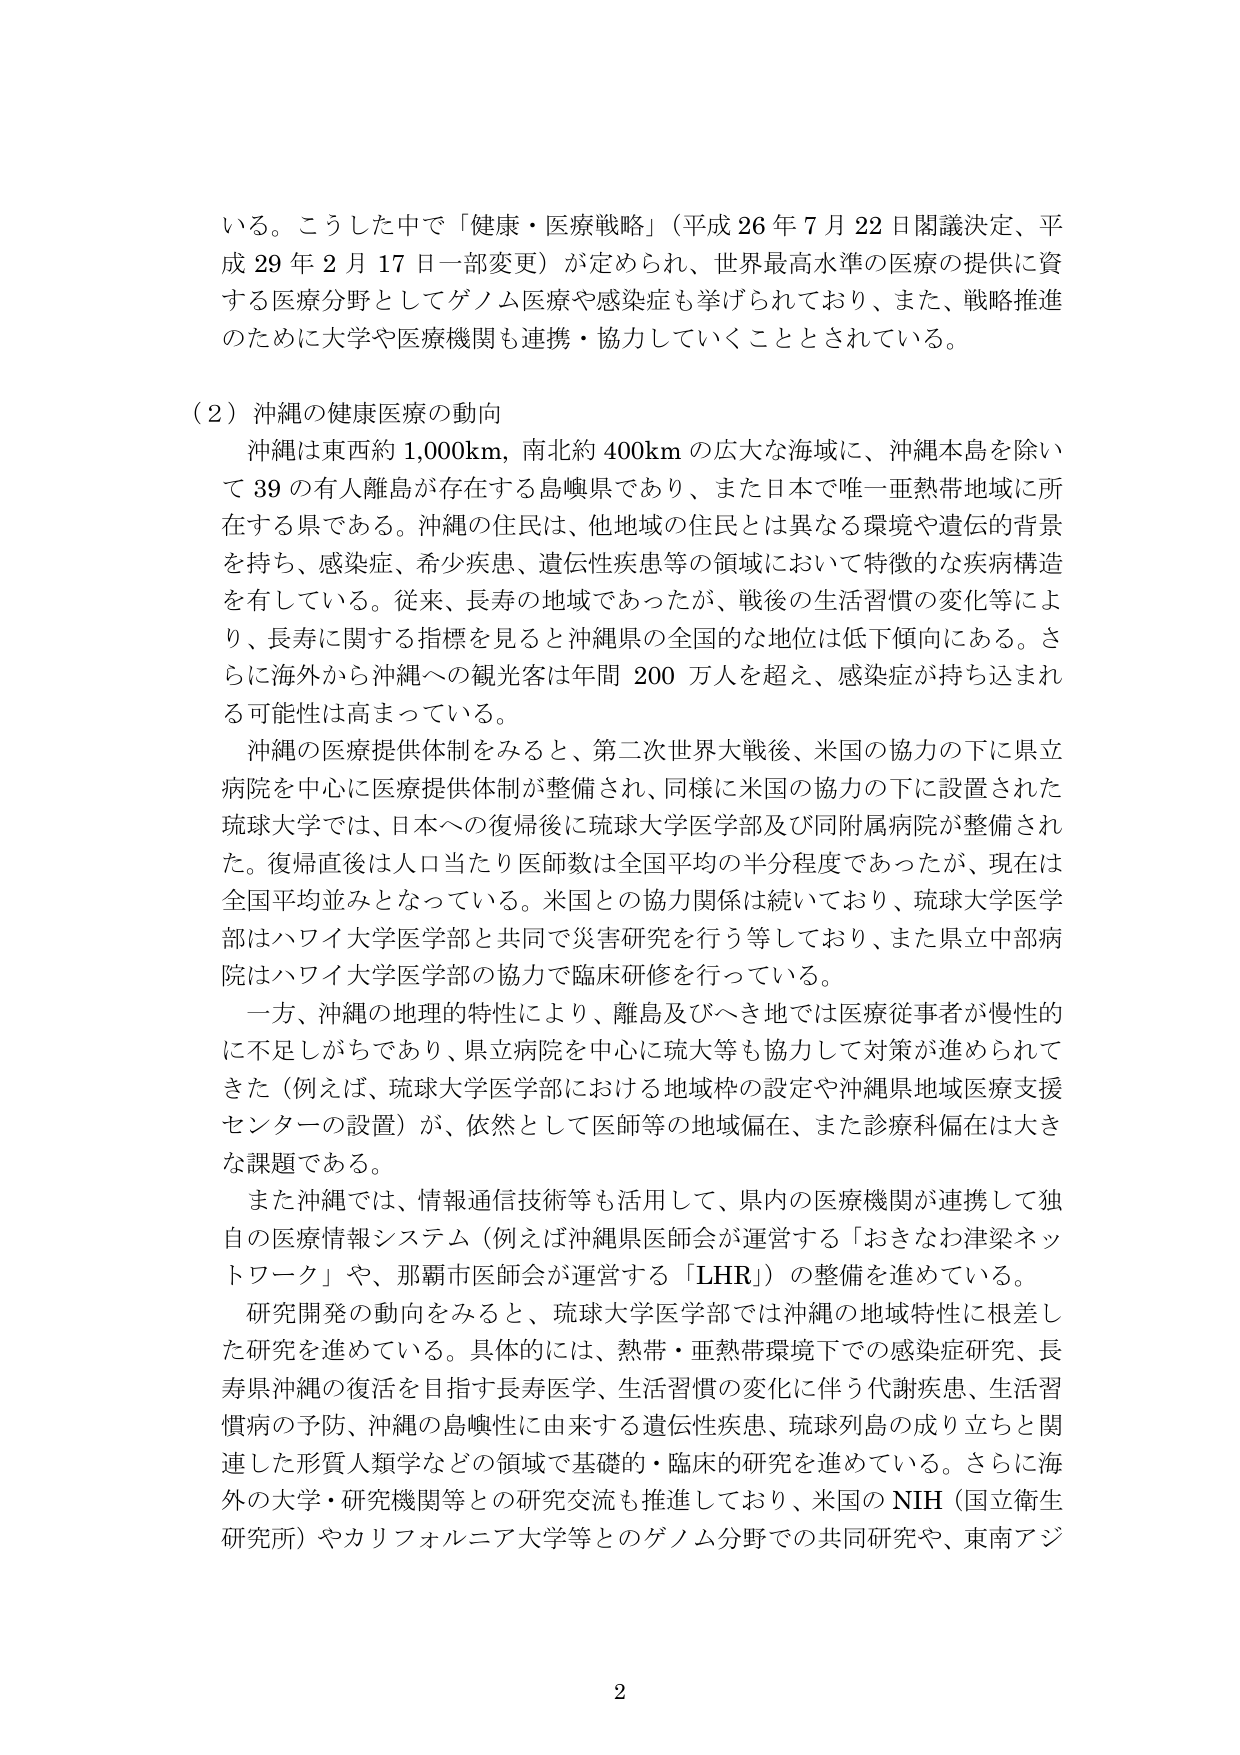
いる。こうした中で「健康・医療戦略」（平成26年7月22日閣議決定、平成29年2月17日一部変更）が定められ、世界最高水準の医療の提供に資する医療分野としてゲノム医療や感染症も挙げられており、また、戦略推進のために大学や医療機関も連携・協力していくこととされている。

（2）沖縄の健康医療の動向
沖縄は東西約1,000km、南北約400kmの広大な海域に、沖縄本島を除いて39の有人離島が存在する島嶼県であり、また日本で唯一亜熱帯地域に所在する県である。沖縄の住民は、他地域の住民とは異なる環境や遺伝的背景を持ち、感染症、希少疾患、遺伝性疾患等の領域において特徴的な疾病構造を有している。従来、長寿の地域であったが、戦後の生活習慣の変化等により、長寿に関する指標を見ると沖縄県の全国的な地位は低下傾向にある。さらに海外から沖縄への観光客は年間200万人を超え、感染症が持ち込まれる可能性は高まっている。

沖縄の医療提供体制をみると、第二次世界大戦後、米国の協力の下に県立病院を中心に医療提供体制が整備され、同様に米国の協力の下に設置された琉球大学では、日本への復帰後に琉球大学医学部及び同附属病院が整備された。復帰直後は人口当たり医師数は全国平均の半分程度であったが、現在は全国平均並みとなっている。米国との協力関係は続いており、琉球大学医学部はハワイ大学医学部と共同で災害研究を行う等しており、また県立中部病院はハワイ大学医学部の協力で臨床研修を行っている。

一方、沖縄の地理的特性により、離島及びへき地では医療従事者が慢性的に不足しがちであり、県立病院を中心に琉大等も協力して対策が進められてきた（例えば、琉球大学医学部における地域枠の設定や沖縄県地域医療支援センターの設置）が、依然として医師等の地域偏在、また診療科偏在は大きな課題である。

また沖縄では、情報通信技術等も活用して、県内の医療機関が連携して独自の医療情報システム（例えば沖縄県医師会が運営する「おきなわ律梁ネットワーク」や、那覇市医師会が運営する「LHR」）の整備を進めている。

研究開発の動向をみると、琉球大学医学部では沖縄の地域特性に根差した研究を進めている。具体的には、熱帯・亜熱帯環境下での感染症研究、長寿県沖縄の復活を目指す長寿医学、生活習慣の変化に伴う代謝疾患、生活習慣病の予防、沖縄の島嶼性に由来する遺伝性疾患、琉球列島の成り立ちと関連した形質人類学などの領域で基礎的・臨床的研究を進めている。さらに海外の大学・研究機関等との研究交流も推進しており、米国のNIH（国立衛生研究所）やカリフォルニア大学等とのゲノム分野での共同研究や、東南アジ

2